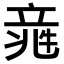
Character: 𥪑